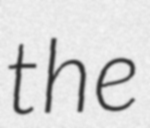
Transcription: the